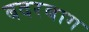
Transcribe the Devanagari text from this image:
बदरबाग